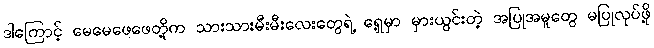
ဒါကြောင့် မေမေဖေဖေတို့က သားသားမီးမီးလေးတွေရဲ့ ရှေ့မှာ မှားယွင်းတဲ့ အပြုအမူတွေ မပြုလုပ်ဖို့